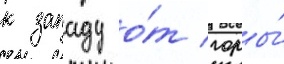
к западу о́т горы́